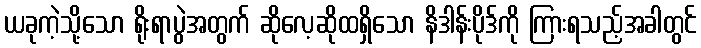
ယခုကဲ့သို့သော ရိုးရာပွဲအတွက် ဆိုလေ့ဆိုထရှိသော နိဒါန်းပိုဒ်ကို ကြားရသည့်အခါတွင်